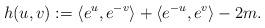
LaTeX: \begin{align*} h(u, v) := \langle e^{u}, e^{-v}\rangle + \langle e^{-u}, e^{v}\rangle - 2m.\end{align*}